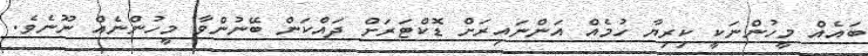
ބައެއް މީހުންނަކީ ކިރިޔާ ހުމެއް އަންނައިރަށް ޑޮކްޓަރަށް ދައްކަން ބޭނުންވާ މީހުންނެއް ނޫނެވެ.